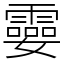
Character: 孁